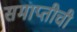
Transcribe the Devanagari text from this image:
समाप्तीची